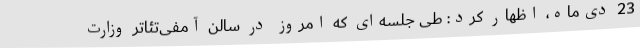
23 دی‌ماه، اظهار کرد: طی جلسه‌ای که امروز در سالن آمفی‌تئاتر وزارت